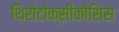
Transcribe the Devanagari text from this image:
थिरोटोक्सीकोसिस